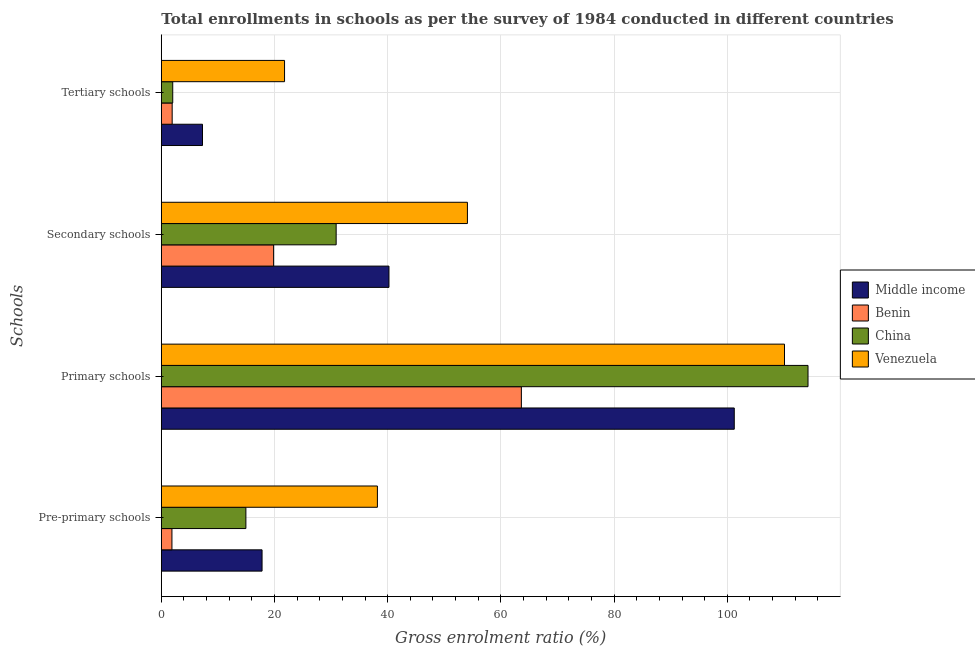
| Schools | Middle income | Benin | China | Venezuela |
 | --- | --- | --- | --- | --- |
 | Pre-primary schools | 17.8 | 1.88 | 14.9 | 38.2 |
 | Primary schools | 101 | 63.6 | 114 | 110 |
 | Secondary schools | 40.2 | 19.8 | 30.9 | 54.1 |
 | Tertiary schools | 7.28 | 1.92 | 2.02 | 21.8 |